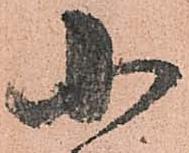
小